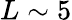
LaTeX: L\sim 5